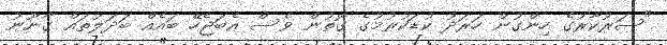
"ސަރުކާރުގެ ހިންގުން ހަރަދު ކުޑަކުރުމުގެ ގޮތުން ވެސް އެބަޖެހޭ ބައެއް ބަދަލުތައް ގާނޫނު